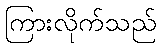
ကြားလိုက်သည်